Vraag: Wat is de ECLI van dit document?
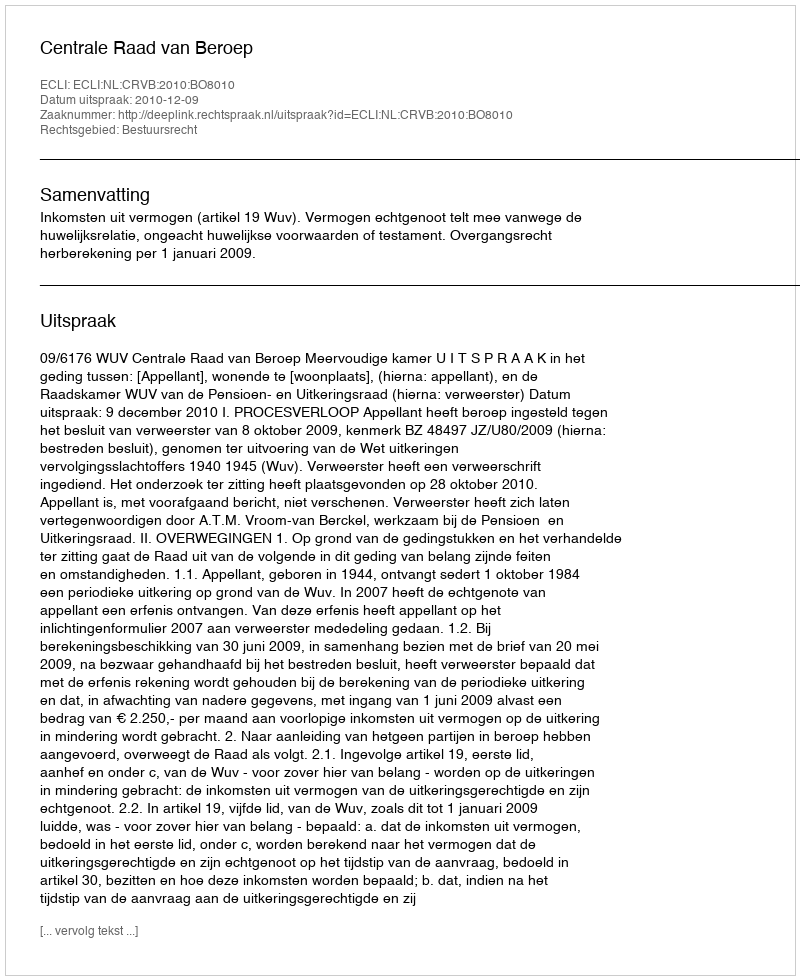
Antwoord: ECLI:NL:CRVB:2010:BO8010